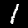
Label: 1